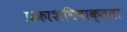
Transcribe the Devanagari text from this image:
प्रकाशविषाक्तता